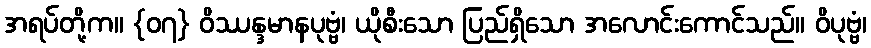
အရပ်တို့က။ {၀၇} ဝိဿန္ဒမာနပုဗ္ဗံ၊ ယိုစီးသော ပြည်ရှိသော အလောင်းကောင်သည်။ ဝိပုဗ္ဗံ၊